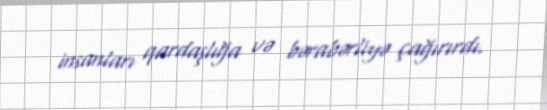
insanları qardaşlığa və bərabərliyə çağırırdı.